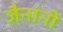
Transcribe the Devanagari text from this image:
जैनांनी